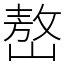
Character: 嶅